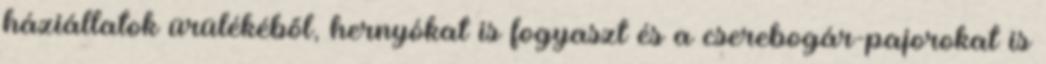
háziállatok ürülékéből, hernyókat is fogyaszt és a cserebogár-pajorokat is